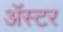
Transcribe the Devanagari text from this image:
ॲस्टर